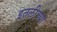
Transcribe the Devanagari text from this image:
इतलीच्या